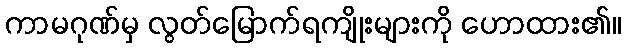
ကာမဂုဏ်မှ လွတ်မြောက်ရကျိုးများကို ဟောထား၏။